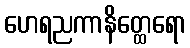
ဟေရညကာနိတ္ထေရော